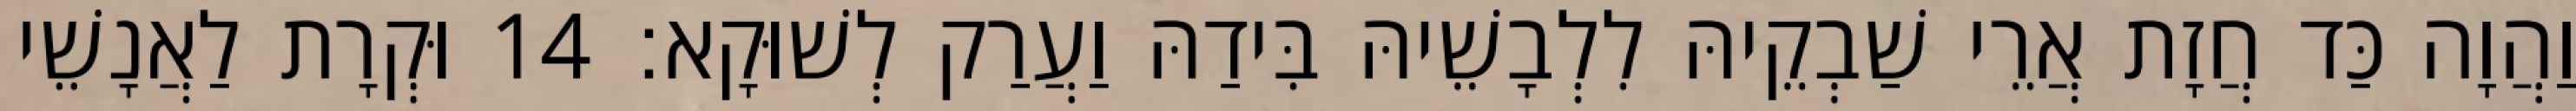
וַהֲוָה כַּד חֲזָת אֲרֵי שַׁבְקֵיהּ לִלְבָשֵׁיהּ בִּידַהּ וַעֲרַק לְשׁוּקָא׃ 14 וּקְרָת לַאֲנָשֵׁי